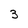
Character: 3